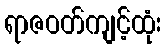
ရာဇဝတ်ကျင့်ထုံး